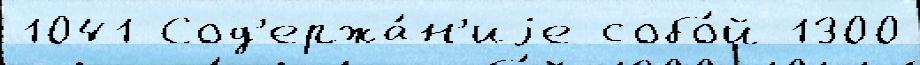
1041 Сод'ержа́н'иjе собо́й 1300